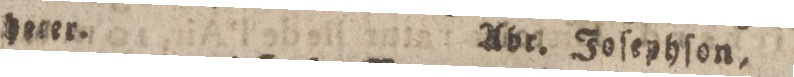
heter.    Abr. Joſephſon,